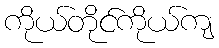
ကိုယ်တိုင်ကိုယ်ကျ